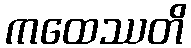
ကထေဿတိ